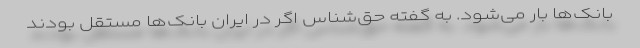
بانک‌ها بار می‌شود. به گفته حق‌شناس اگر در ایران بانک‌ها مستقل بودند